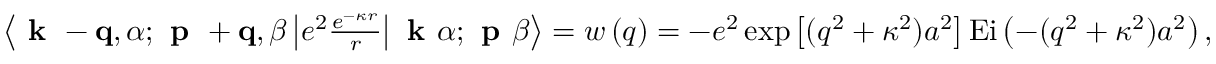
\begin{array} { r } { \left\langle \textbf { k } - \mathbf { q } , \alpha ; \textbf { p } + \mathbf { q } , \beta \left| e ^ { 2 } \frac { e ^ { - \kappa r } } { r } \right| \textbf { k } \alpha ; \textbf { p } \beta \right\rangle = w \left( q \right) = - e ^ { 2 } \exp \left[ ( q ^ { 2 } + \kappa ^ { 2 } ) a ^ { 2 } \right] \mathrm { E i } \left( - ( q ^ { 2 } + \kappa ^ { 2 } ) a ^ { 2 } \right) , } \end{array}